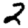
Digit: 2